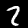
Label: 2